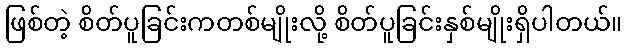
ဖြစ်တဲ့ စိတ်ပူခြင်းကတစ်မျိုးလို့ စိတ်ပူခြင်းနှစ်မျိုးရှိပါတယ်။